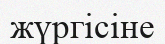
жүргісіне